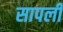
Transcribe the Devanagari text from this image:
सापली